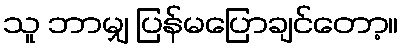
သူ ဘာမျှ ပြန်မပြောချင်တော့။